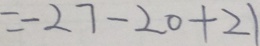
= - 2 7 - 2 0 + 2 1